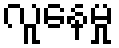
လူနေမှု